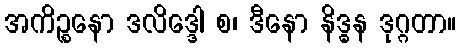
အကိဉ္စနော ဒလိဒ္ဒေါ စ၊ ဒီနော နိဒ္ဓန ဒုဂ္ဂတာ။